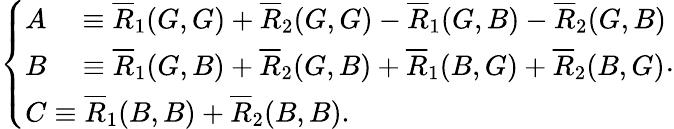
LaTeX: \left\{ \begin{array}{ll}{\begin{array}{rl}{A}&{{}\equiv\overline{{R}}_{1}(G,G)+\overline{{R}}_{2}(G,G)-\overline{{R}}_{1}(G,B)-\overline{{R}}_{2}(G,B)}\end{array}}\\ {\begin{array}{rl}{B}&{{}\equiv\overline{{R}}_{1}(G,B)+\overline{{R}}_{2}(G,B)+\overline{{R}}_{1}(B,G)+\overline{{R}}_{2}(B,G)}\end{array}}\\ {C\equiv\overline{{R}}_{1}(B,B)+\overline{{R}}_{2}(B,B).}\end{array}\right..